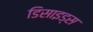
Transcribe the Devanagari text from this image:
डिसाइड्स